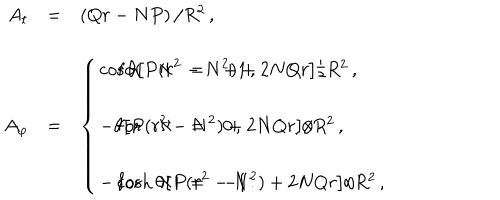
\begin{array} { r c l } { { A _ { t } } } & { { = } } & { { \left( Q r - N P \right) / R ^ { 2 } \, , } } \\ { { } } & { { } } & { { } } \\ { { A _ { \varphi } } } & { { = } } & { { \left\{ \begin{array} { l c r c l } { { \cos { \theta } { \displaystyle \left[ P ( r ^ { 2 } - N ^ { 2 } ) + 2 N Q r \right] } / R ^ { 2 } \, , \hspace { . 5 c m } } } & { { \mathrm { f o r } } } & { { \aleph } } & { { = } } & { { + 1 \, , } } \\ { { } } & { { } } & { { } } & { { } } & { { } } \\ { { - \theta { \displaystyle \left[ P ( r ^ { 2 } - N ^ { 2 } ) + 2 N Q r \right] } / R ^ { 2 } \, , \hspace { . 5 c m } } } & { { \mathrm { f o r } } } & { { \aleph } } & { { = } } & { { 0 \, , } } \\ { { } } & { { } } & { { } } & { { } } & { { } } \\ { { - \cosh { \theta } { \displaystyle \left[ P ( r ^ { 2 } - N ^ { 2 } ) + 2 N Q r \right] } / R ^ { 2 } \, , \hspace { . 5 c m } } } & { { \mathrm { f o r } } } & { { \aleph } } & { { = } } & { { - 1 \, . } } \\ \end{array} \right. } } \\ \end{array}